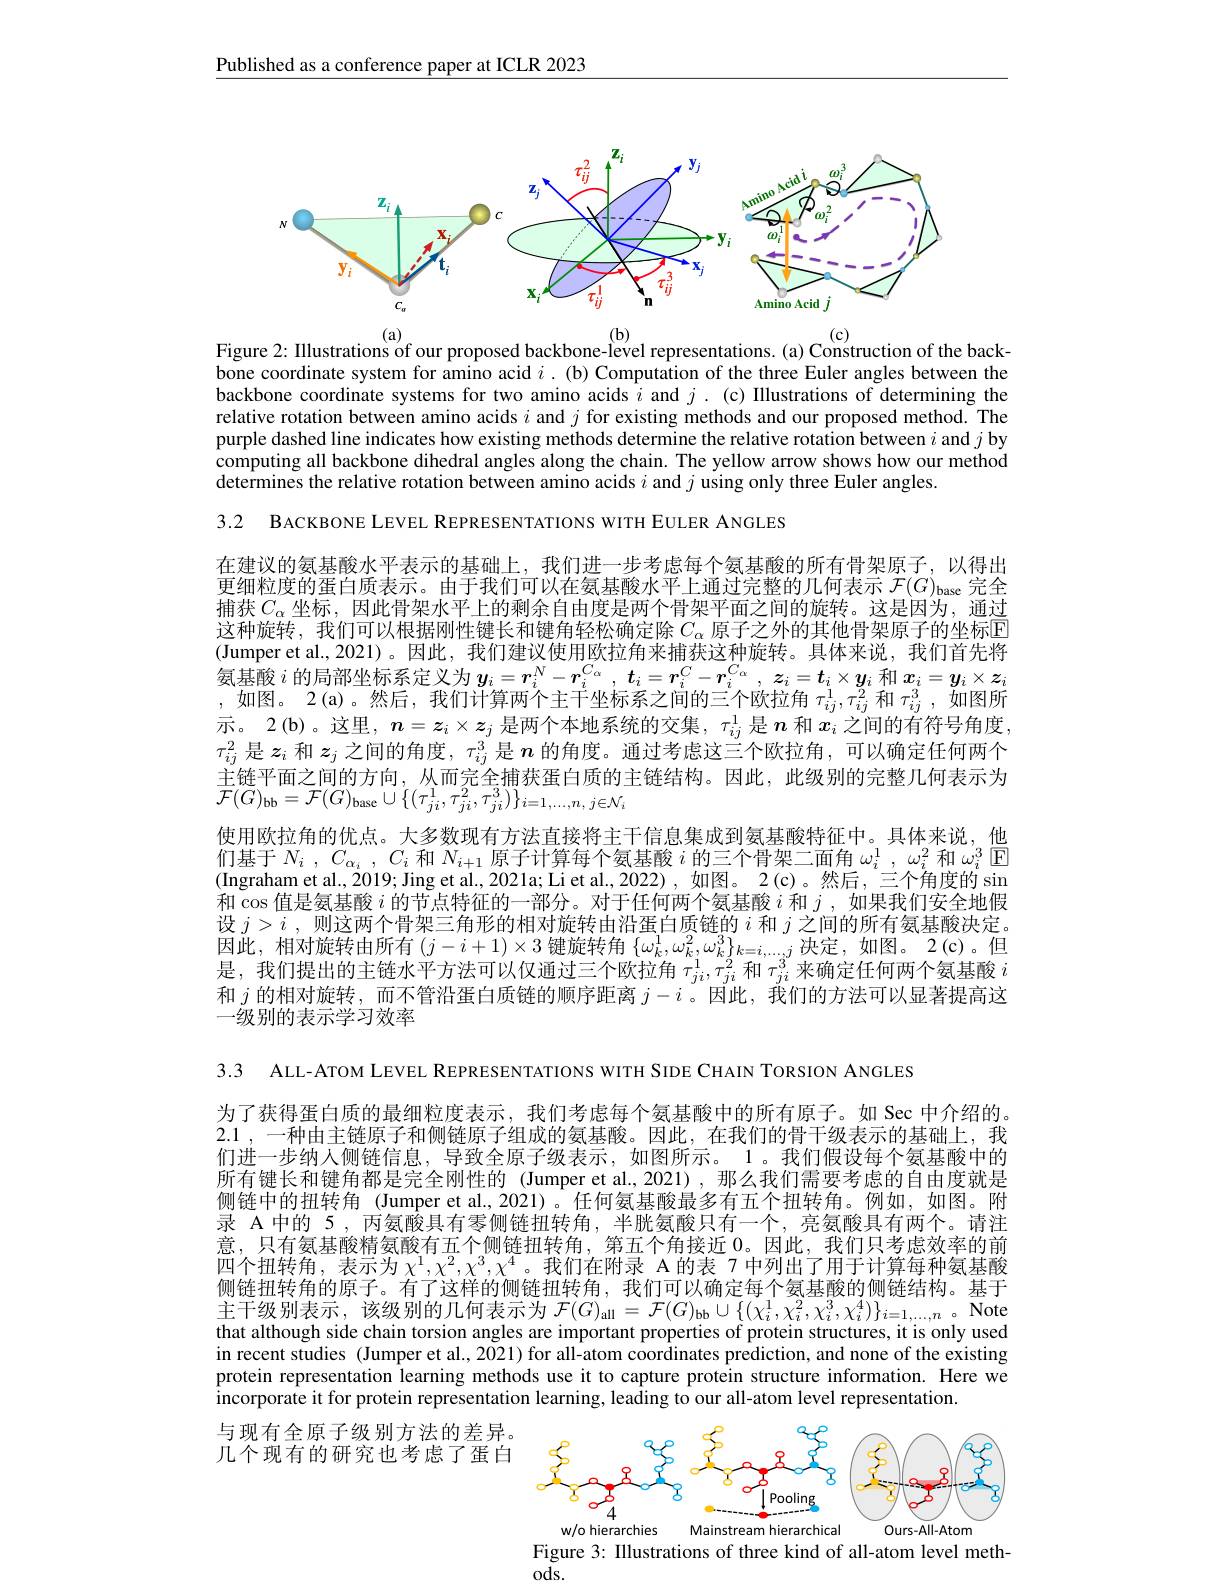
$\underline{\text{Published as a conference paper at ICLR 2023}}$

<FigureHere>

$\overset{(\mathrm{a})}{\operatorname*{\operatorname*{\operatorname*{\text{Figure 2: Illustrations of our proposed backbone-level representations.(a) Construction of the back-}}}}^{(\mathrm{a})}}$our proposed backbone-level representations.(a) Construction of the backbone coordinate system for amino acid $i.$ (b) Computation of the three Euler angles between the backbone coordinate systems for two amino acids $i$ and $j.$ (c) Illustrations of determining the relative rotation between amino acids $i$ and $j$ for existing methods and our proposed method. The purple dashed line indicates how existing methods determine the relative rotation between $i$ and $j$ by computing all backbone dihedral angles along the chain. The yellow arrow shows how our method $\hat{\text{determines the relative rotation between amino acids }i\text{ and }j\text{ using only three Euler angles.}}$

3.2 BACKBONE LEVEL REPRESENTATIONS WITH EULER ANGLES

在建议的氨基酸水平表示的基础上，我们进一步考虑每个氨基酸的所有骨架原子，以得出更细粒度的蛋白质表示。由于我们可以在氨基酸水平上通过完整的几何表示$\mathcal{F} ( G) _\mathrm{base}$完全捕获$C_\alpha$ 坐标，因此骨架水平上的剩余自由度是两个骨架平面之间的旋转。这是因为，通过这种旋转，我们可以根据刚性键长和键角轻松确定除$C_{\alpha}$ 原子之外的其他骨架原子的坐标回(Jumper et al., 2021)。因此，我们建议使用欧拉角来捕获这种旋转。具体来说，我们首先将氨基酸$i$的局部坐标系定义为$y_i=r_i^N-r_i^{C_\alpha},t_i=\boldsymbol{r}_i^C-\boldsymbol{r}_i^{C_\alpha},\boldsymbol{z}_i=\boldsymbol{t}_i\times\boldsymbol{y}_i$和$x_i=y_i\times\boldsymbol{z}_i$ ,如图。2(a)。然后，我们计算两个主干坐标系之间的三个欧拉角$\tau_ij^1,\bar{\tau_{ij}^2}$和$\tau_ij^3,\bar{\text{如图所}}$ 示。2(b)。这里，$n=z_i\times z_j$是两个本地系统的交集，$\tau_{ij}^1$是$n$和$x_i$之间的有符号角度， $\tau_{ij}^2$是$z_i$和$z_j$之间的角度，$\tau_{ij}^3$是$n$的角度。通过考虑这三个欧拉角，可以确定任何两个主链平面之间的方向，从而完全捕获蛋白质的主链结构。因此，此级别的完整几何表示为$\overline{{\mathcal{F}}}(G)_{\mathrm{bb}}={\mathcal{F}}(G)_{\mathrm{base}}\cup\{(\tau_{ji}^{1},\tau_{ji}^{2},\tau_{ji}^{3})\}_{i=1,\ldots,n,j\in\mathcal{N}_{i}}$
使用欧拉角的优点。大多数现有方法直接将主干信息集成到氨基酸特征中。具体来说，他们基于$N_i$ , $C_{\alpha _i}$ , $C_i$和$N_i+1$原子计算每个氨基酸$i$的三个骨架二面角$\omega _i^1$ , $\omega _i^2$和$\omega_i^3$回(Ingraham et al., 2019; Jing et al., 2021a; Li et al., 2022), 如图。2(c)。然后，三个角度的 sin 和$\cos$值是氨基酸 $i$ 的节点特征的一部分。对于任何两个氨基酸 $i$ 和 ,如果我们安全地假设$j>i$ ,则这两个骨架三角形的相对旋转由沿蛋白质链的$i$和$j$之间的所有氨基酸决定。因此，相对旋转由所有$(j-i+1)\times3$ 键旋转角$\{\omega_k^1,\omega_k^2,\omega_k^3\}_{k=i,\ldots,j}$决定，如图。2(c)。但是，我们提出的主链水平方法可以仅通过三个欧拉角$\tau_{ji}^1,\tau_{ji}^2$和$\tau_{ji}^3$来确定任何两个氨基酸$i$ 和$j$的相对旋转，而不管沿蛋白质链的顺序距离$j-i$ 。因此，我们的方法可以显著提高这一级别的表示学习效率

3.3 ALL-ATOM LEVEL REPRESENTATIONS WITH SIDE CHAIN TORSION ANGLES

为了获得蛋白质的最细粒度表示，我们考虑每个氨基酸中的所有原子。如 Sec 中介绍的。2.1,一种由主链原子和侧链原子组成的氨基酸。因此，在我们的骨干级表示的基础上，我们进一步纳人侧链信息，导致全原子级表示，如图所示。1。我们假设每个氨基酸中的所有键长和键角都是完全刚性的(Jumper et al,2021),那么我们需要考虑的自由度就是侧链中的扭转角 (Jumper et al.,2021)。任何氨基酸最多有五个扭转角。例如，如图。附录 A 中的 5 , 丙氨酸具有零侧链扭转角，半胱氨酸只有一个，亮氨酸具有两个。请注意，只有氨基酸精氨酸有五个侧链扭转角，第五个角接近0。因此，我们只考虑效率的前四个扭转角，表示为$\chi^1,\chi^2,\chi^3,\chi^4$。我们在附录 A的表 7 中列出了用于计算每种氨基酸侧链扭转角的原子。有了这样的侧链扭转角，我们可以确定每个氨基酸的侧链结构。基于主干级别表示，该级别的几何表示为$\mathcal{F} ( G) _\mathrm{all}= \mathcal{F} ( G) _\mathrm{bb}\cup \{ ( \chi _i^1, \chi _i^2, \chi _i^3, \chi _i^4) \} _{i= 1, \ldots , n}$ 。Note that although side chain torsion angles are important properties of protein structures, it is only used in recent studies (Jumper et al., 2021) for all-atom coordinates prediction, and none of the existing protein representation learning methods use it to capture protein structure information. Here we incorporate it for protein representation learning, leading to our all-atom level representation.

与现有全原子级别方法的差异。几个现有的研究也考虑了蛋白

<FigureHere>
Figure 3: Illustrations of three kind of all-atom level meth-

$ods.$